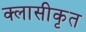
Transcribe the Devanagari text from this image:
क्लासीकृत